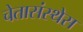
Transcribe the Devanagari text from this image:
चेतासंस्थेस